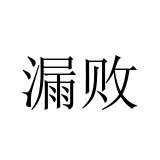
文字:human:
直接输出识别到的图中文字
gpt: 漏败